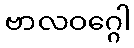
ဗာလဝဂ္ဂေါ